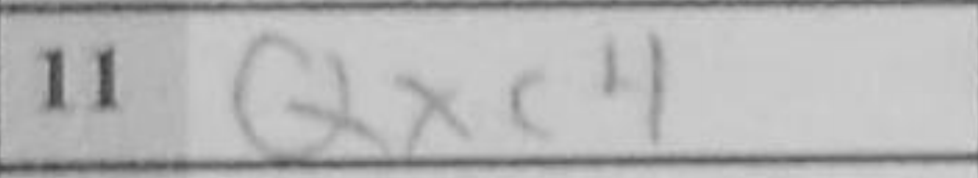
Transcription: Qxc4